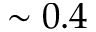
\sim 0 . 4